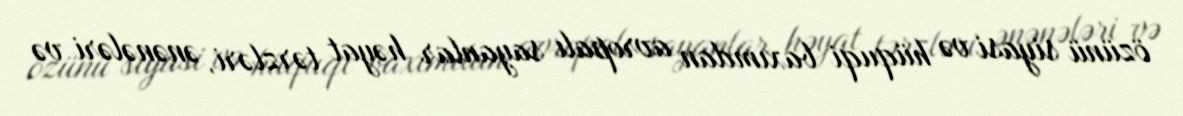
özünü siyasi və hüquqi baxımdan avropalı sayanlar həyat tərzləri, ənənələri və